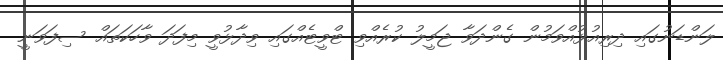
ލަންޑަނުގައި ދިރިއުޅުއްވަމުން ގެންދަވާ ޖަމީލު ކުރެއްވި ޓްވީޓެއްގައި ވިދާޅުވީ މިފަދަ ވާހަކަތައް ސިފަވަނީ